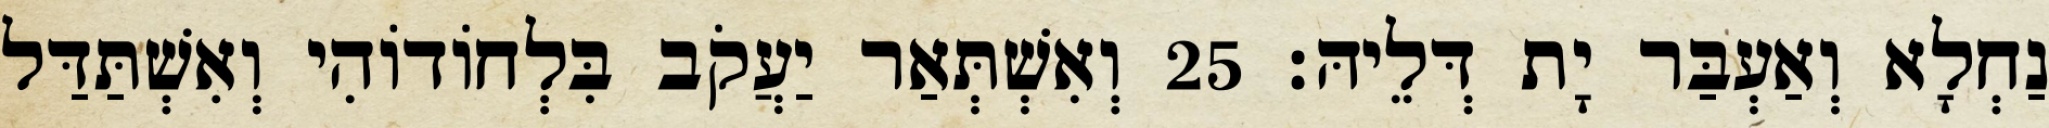
נַחְלָא וְאַעְבַּר יָת דְּלֵיהּ׃ 25 וְאִשְׁתְּאַר יַעֲקֹב בִּלְחוֹדוֹהִי וְאִשְׁתַּדַּל